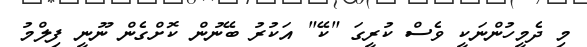
މި ދެމީހުންނަކީ ވެސް ކުރީގަ "ކޭ" އަކުރު ބޭނުން ކޮށްގެން ނޫނީ ފިލްމު